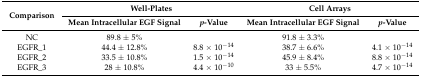
<table><thead><tr><td rowspan="2"><b>Comparison</b></td><td colspan="2"><b>Well-Plates</b></td><td colspan="2"><b>Cell Arrays</b></td></tr><tr><td><b>Mean Intracellular EGF Signal</b></td><td><b><i>p</i>-Value</b></td><td><b>Mean Intracellular EGF Signal</b></td><td><b><i>p</i>-Value</b></td></tr></thead><tbody><tr><td>NC</td><td>89.8 ± 5%</td><td></td><td>91.8 ± 3.3%</td><td></td></tr><tr><td>EGFR_1</td><td>44.4 ± 12.8%</td><td>8.8 × 10<sup>−14</sup></td><td>38.7 ± 6.6%</td><td>4.1 × 10<sup>−14</sup></td></tr><tr><td>EGFR_2</td><td>33.5 ± 10.8%</td><td>1.5 × 10<sup>−14</sup></td><td>45.9 ± 8.4%</td><td>8.8 × 10<sup>−14</sup></td></tr><tr><td>EGFR_3</td><td>28 ± 10.8%</td><td>4.4 × 10<sup>−10</sup></td><td>33 ± 5.5%</td><td>4.7 × 10<sup>−14</sup></td></tr></tbody></table>